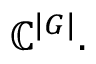
\mathbb { C } ^ { | G | } .